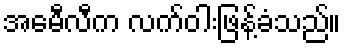
အေမီလီက လက်ဝါးဖြန့်ခံသည်။